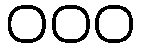
၀၀၀